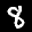
Label: 8